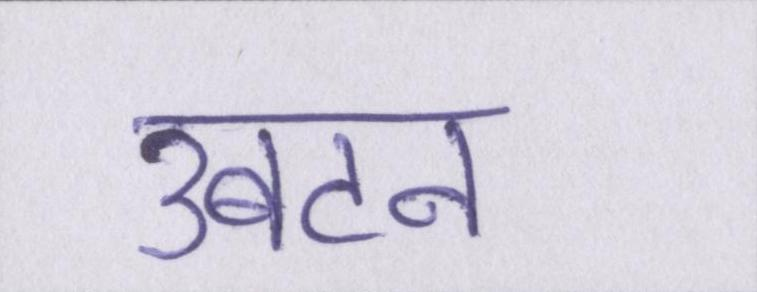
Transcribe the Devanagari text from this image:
उबटन